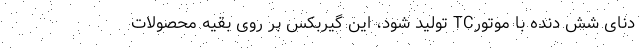
دنای شش دنده با موتورTC تولید شود، این گیربکس بر روی بقیه محصولات